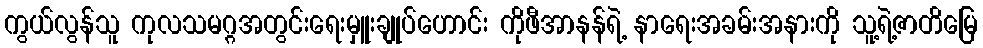
ကွယ်လွန်သူ ကုလသမဂ္ဂအတွင်းရေးမှူးချုပ်ဟောင်း ကိုဖီအာနန်ရဲ့ နာရေးအခမ်းအနားကို သူ့ရဲ့ဇာတိမြေ